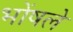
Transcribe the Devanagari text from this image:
भोंषले